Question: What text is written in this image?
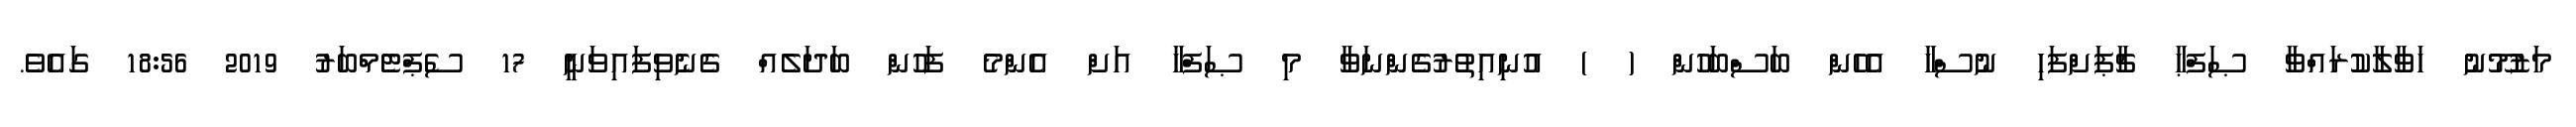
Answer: މަޒުމޫނު ހަވާލާކުރައްވާ ޞަފްޙާ ޗާޕަށްފަހި ނުސްހާ އެހެން ބަސްބަހުން ( ) އުނިއިތުރުގެންނަވާ މި ޞަފްހާ އަށް އެންމެ ފަހުން ބަދަލެއް ގެނެވިފައިވަނީ 17 ސެޕްޓެމްބަރު 2019 18:56 ގައެވެ.